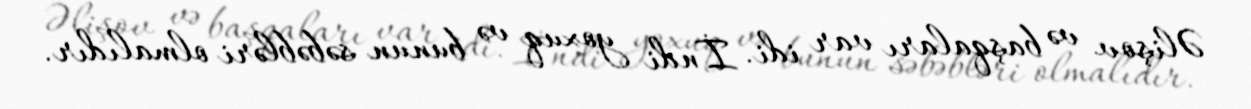
Əlişov və başqaları var idi. İndi yoxuq və bunun səbəbləri olmalıdır.